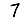
Digit: 7